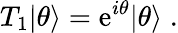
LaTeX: T_{1}|\theta\rangle=\mathrm{e}^{i\theta}|\theta\rangle\; .